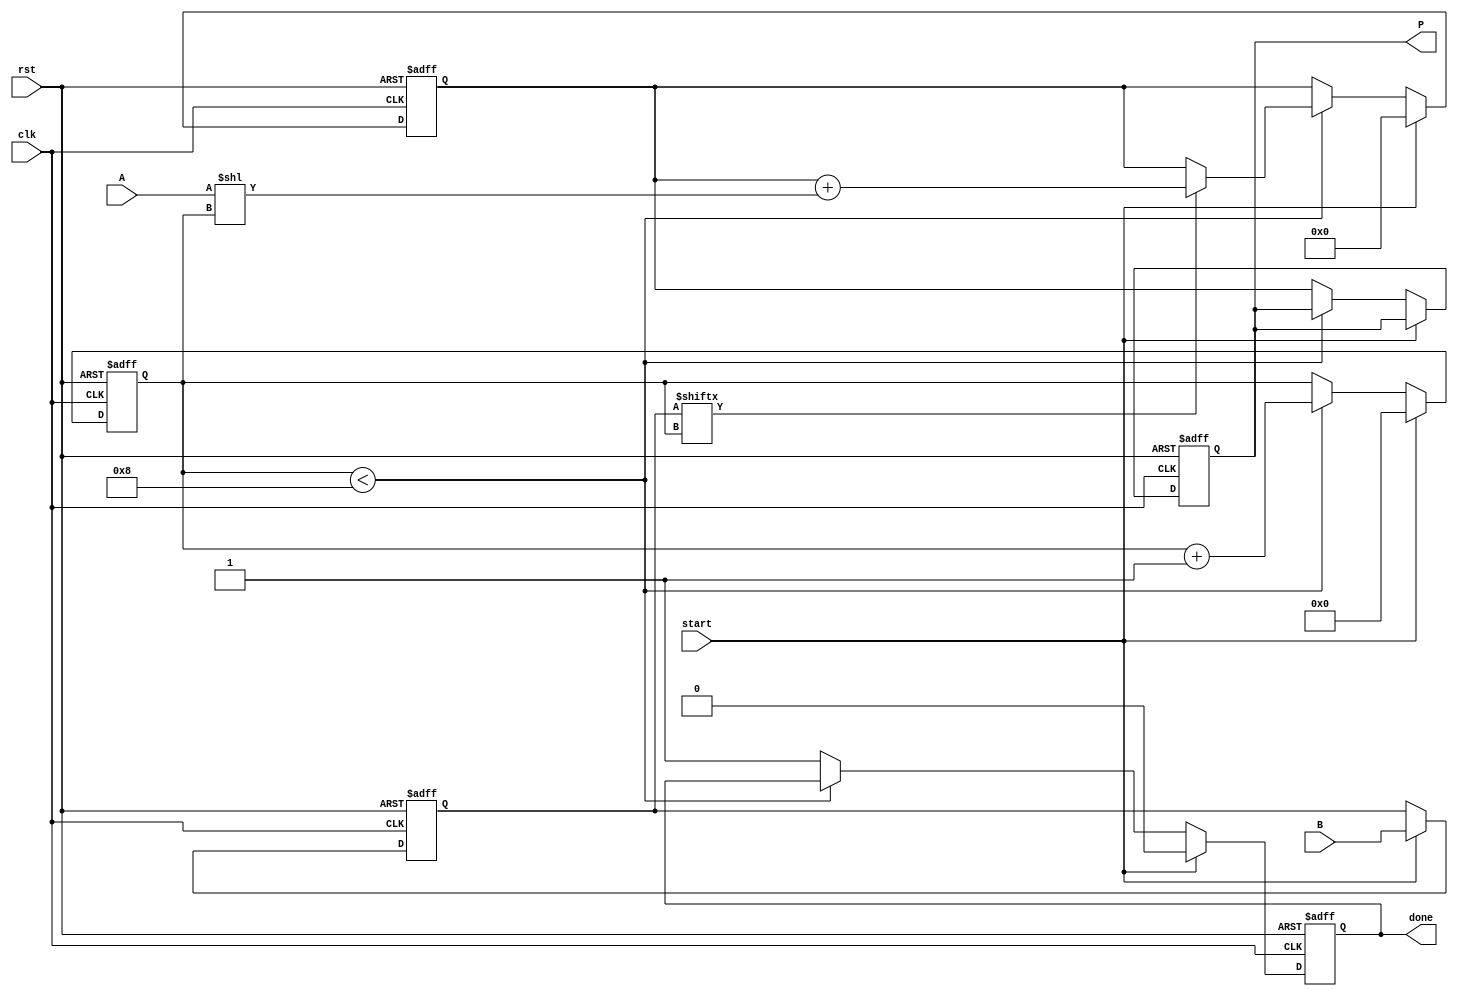
module PartialProductAccumulator #(
    parameter N = 8, // Number of bits for multiplicand
    parameter M = 8  // Number of bits for multiplier
)(
    input  wire [N-1:0] A,         // Multiplicand
    input  wire [M-1:0] B,         // Multiplier
    input  wire clk,                // Clock
    input  wire rst,                // Reset
    input  wire start,              // Start signal
    output reg [N+M-1:0] P,         // Product
    output reg done                 // Done signal
);

    reg [N+M-1:0] accumulator;       // Accumulator for the product
    reg [M-1:0] multiplier;          // Internal multiplier register
    reg [3:0] count;                 // Count for the number of bits processed

    // Reset and Initialization
    always @(posedge clk or posedge rst) begin
        if (rst) begin
            P <= 0;
            accumulator <= 0;
            multiplier <= 0;
            count <= 0;
            done <= 0;
        end else if (start) begin
            // Start the multiplication process
            multiplier <= B;
            accumulator <= 0;
            count <= 0;
            done <= 0;
        end else if (count < M) begin
            // Generate partial product and accumulate
            if (multiplier[count]) begin
                accumulator <= accumulator + (A << count); // Shift A by count
            end
            count <= count + 1;
        end else begin
            // Finalize the product and indicate done
            P <= accumulator;
            done <= 1;
        end
    end

endmodule